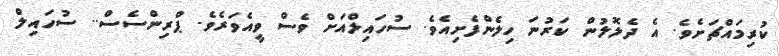
ކުރިމައްޗަށެވެ. އެ ދެލޮލުން ކަރުނަ ހިލެންފެށިއެވެ. ސުހައިލްއަށް ވެސް ވީއެވަރެވެ. ޕްރިންސެސް.. ސުހައިލް